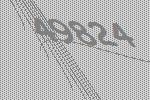
49824